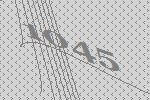
1045